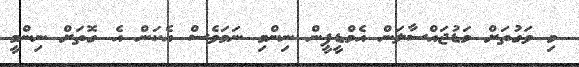
މި ވަގުތަށް މަޑުޖައްސާލަން އެމްޑީޕީން ނިންމި ނަމަވެސް އެކަން އެ ގޮތަށް ނިންމީ